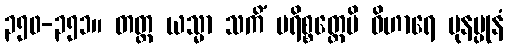
၃၅၀-၃၅၁။ တတ္ထ ယသ္မာ သကိံ ပရိစ္စတ္တေပိ ဝိဟာရေ ပုနပ္ပုနံ